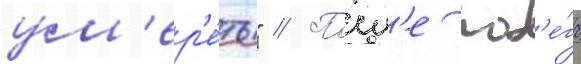
ум'ер'е́ть" // Посл'е поб'е́га